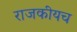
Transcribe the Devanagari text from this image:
राजकीयच